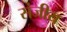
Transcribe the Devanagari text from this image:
संजीय